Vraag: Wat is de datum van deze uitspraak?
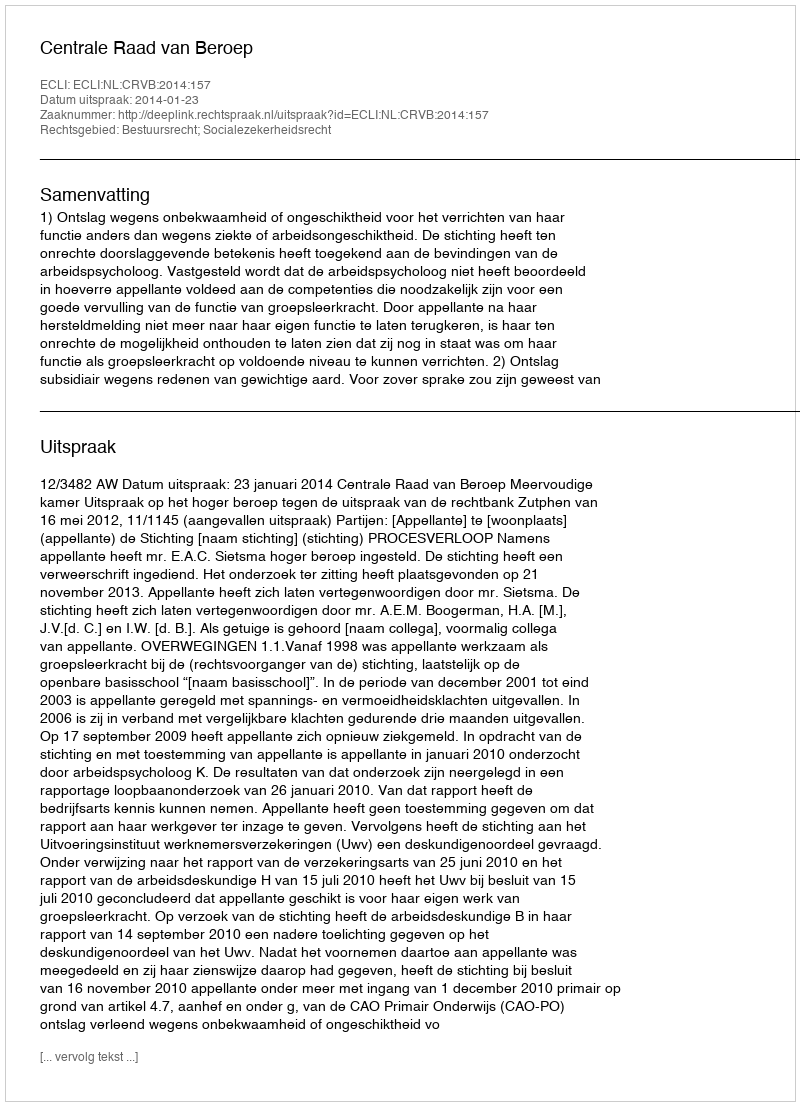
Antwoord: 2014-01-23